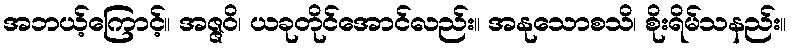
အဘယ့်ကြောင့်။ အဇ္ဇဝိ၊ ယခုတိုင်အောင်လည်း။ အနုသောစသိ၊ စိုးရိမ်သနည်း။